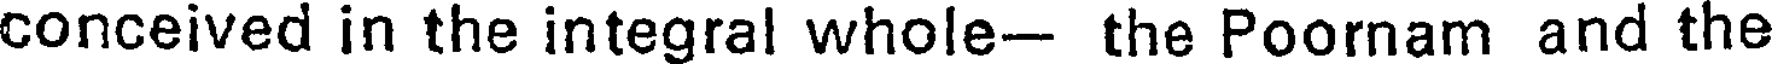
conceived in the integral whole- the Poornam and the